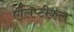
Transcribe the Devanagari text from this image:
ऍलिप्टीकल